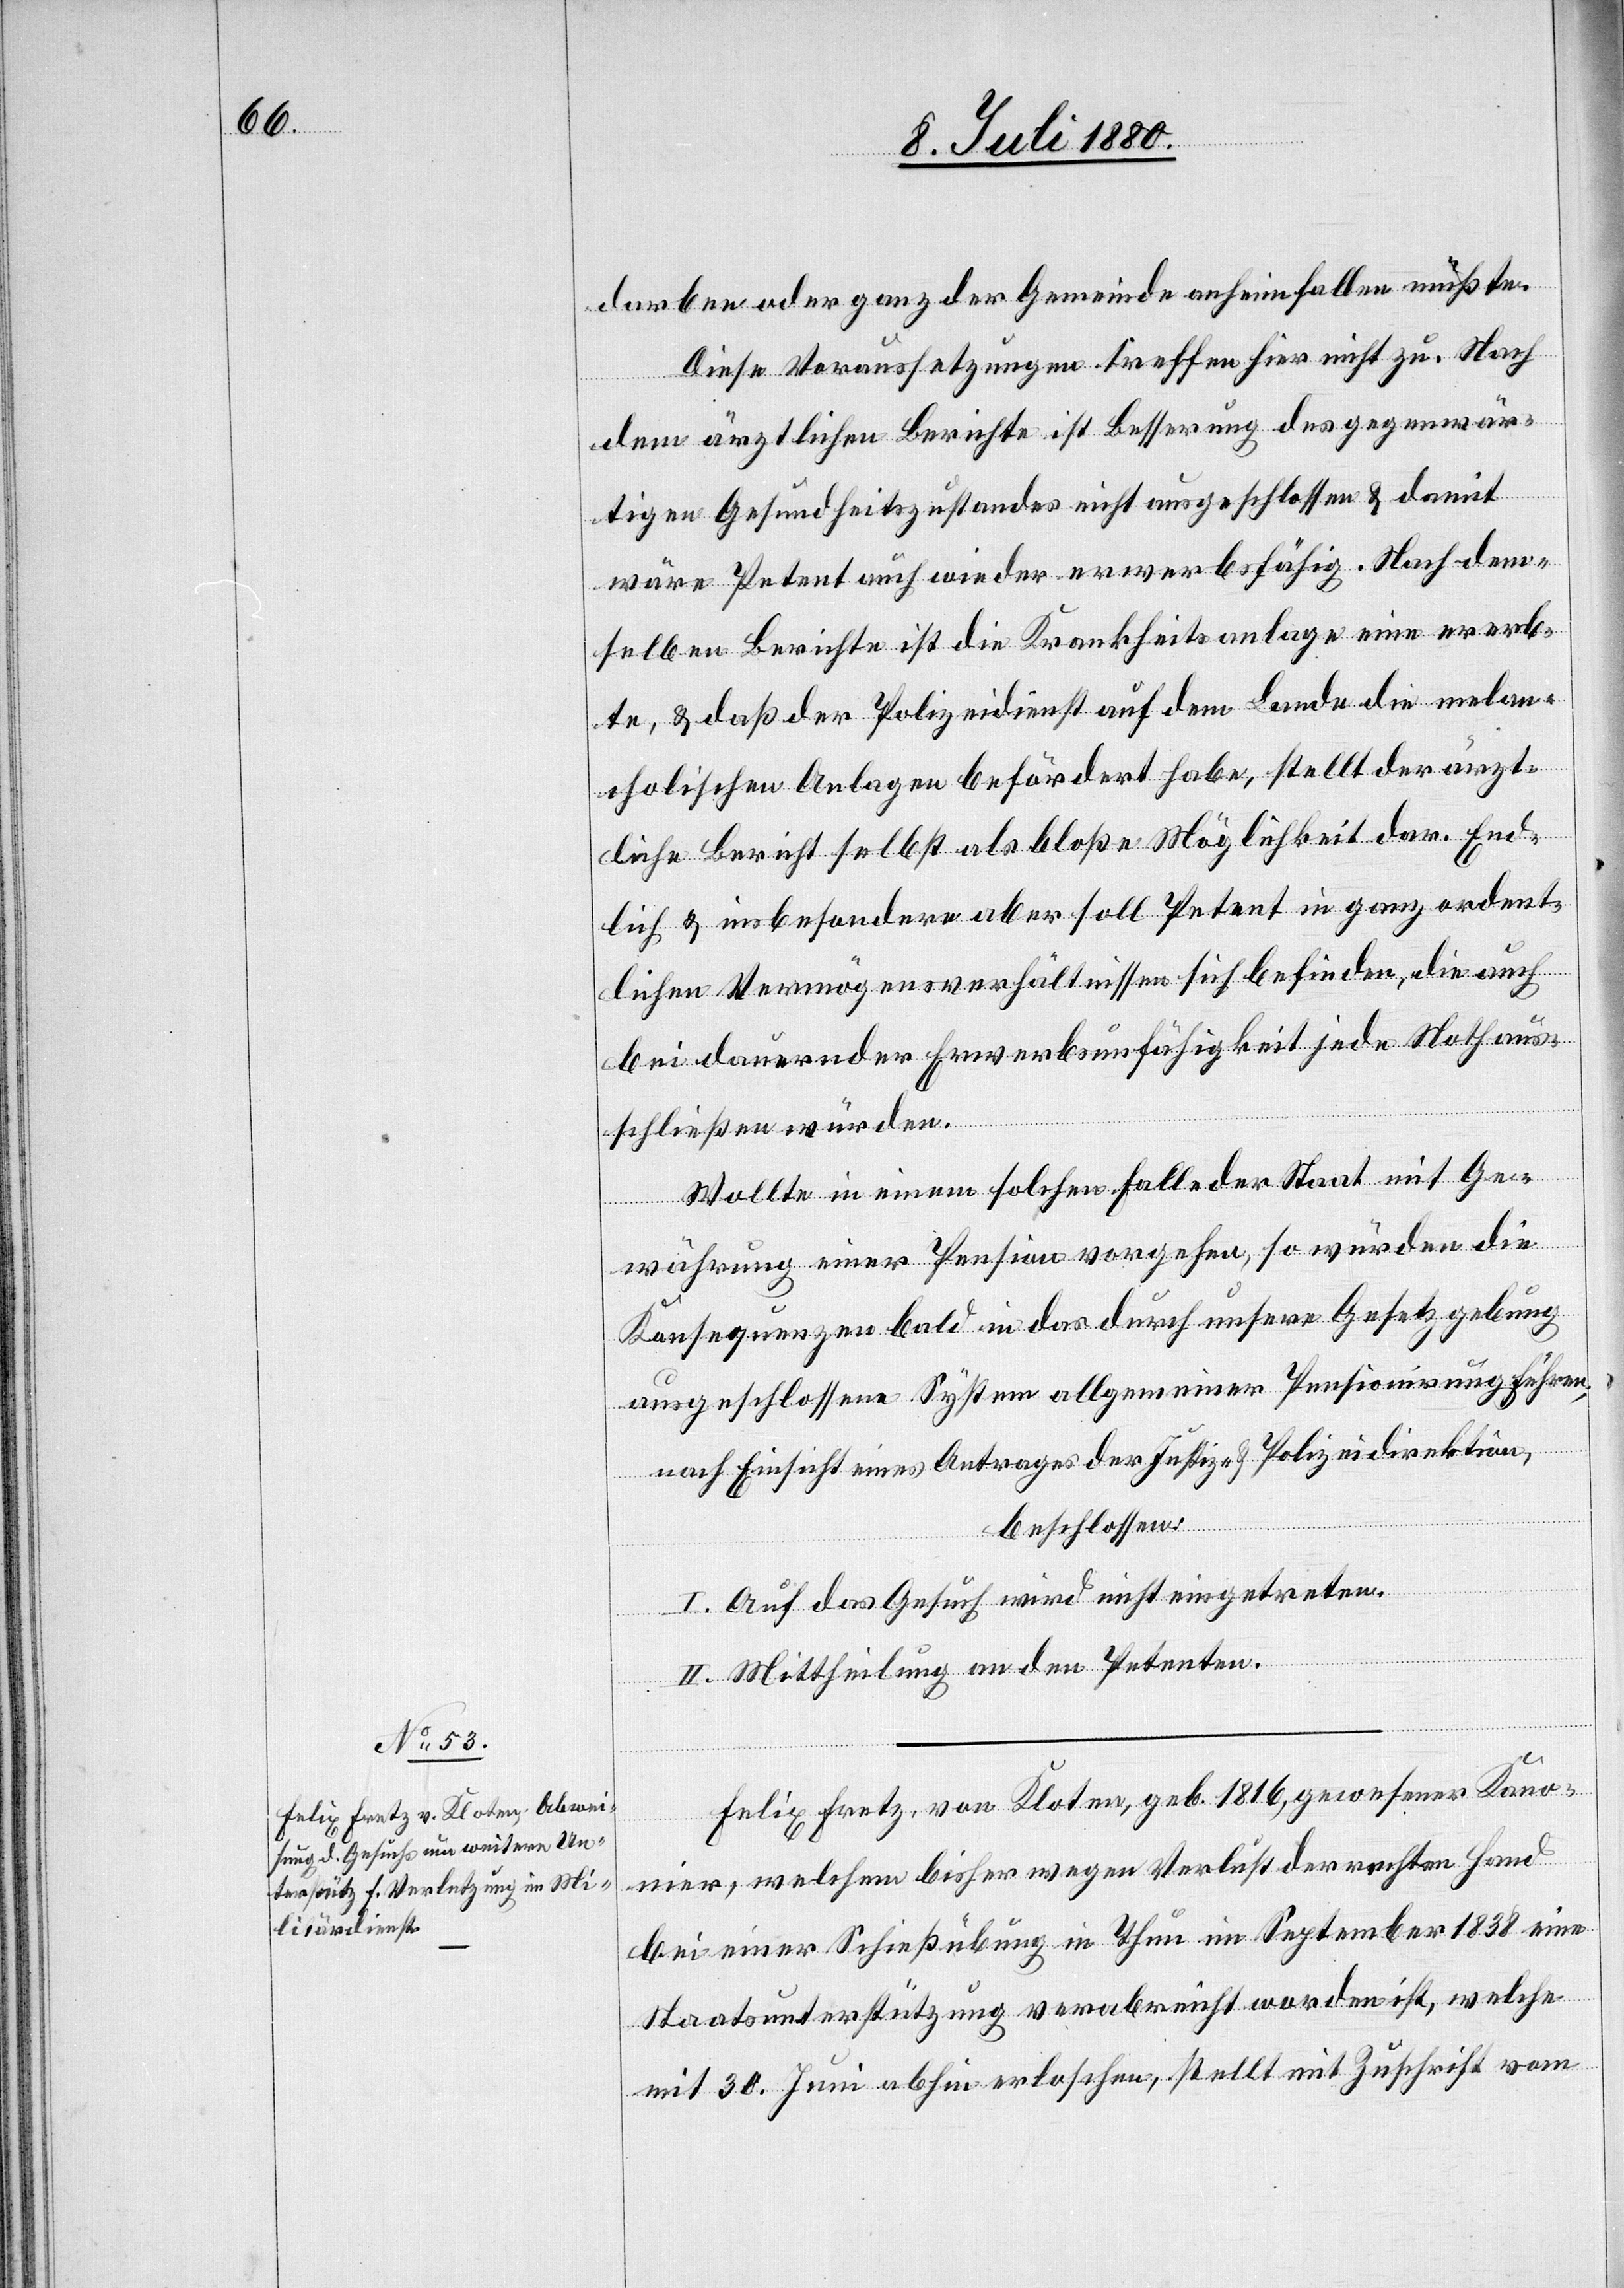
darben oder ganz der Gemeinde anhinfallen müßte.
Diese Voraussetzungen treffen hier nicht zu. Nach
dem ärztlichen Berichte ist Besserung des gegenwär¬
tigen Gesundheitszustandes nicht ausgeschlossen & damit
wäre Petent auch wieder erwerbsfähig. Nach dem¬
selben Berichte ist die Krankheitsanlage eine ererb¬
te, & daß der Polizeidienst auf dem Lande die melan¬
cholischen Anlagen befördert habe, stellt der ärzt¬
liche Bericht selbst als bloße Möglichkeit dar. End¬
lich & insbesondere aber soll Petent in ganz ordent¬
lichen Vermögensverhältnissen sich befinden, die auch
bei dauernder Erwerbsunfähigkeit jede Noth aus¬
schließen würden.
Wollte in einem solchen Falle der Staat mit Ge¬
währung einer Pension vorgehen, so würden die
Konsequenzen bald in das durch unsere Gesetzgebung
ausgeschlossene System allgemeiner Pensionirung führen;
nach Einsicht eines Antrages der Justiz- & Polizeidirektion,
beschlossen:
I. Aus das Gesuch wird nicht eingetreten.
II. Mittheilung an den Petenten.
Felix Fretz, von Kloten, geb. 1816, gewesener Kano¬
nier, welchem bisher wegen Verlust der rechten Hand
bei einer Schießübung in Thun im September 1838 eine
Staatsunterstützung verabreicht worden ist, welche
mit 30. Uni abhin erloschen, stellt mit Zuschrift vom